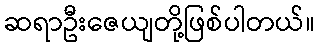
ဆရာဦးဇေယျတို့ဖြစ်ပါတယ်။